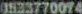
0533770074